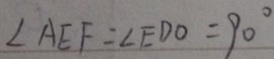
\angle A E F = \angle E D O = 9 0 ^ { \circ }